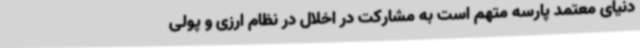
دنیای معتمد پارسه متهم است به مشارکت در اخلال در نظام ارزی و پولی